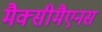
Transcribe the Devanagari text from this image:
मैक्सीमैएनस